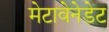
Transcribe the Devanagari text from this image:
मेटावेनेडेट